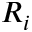
R _ { i }